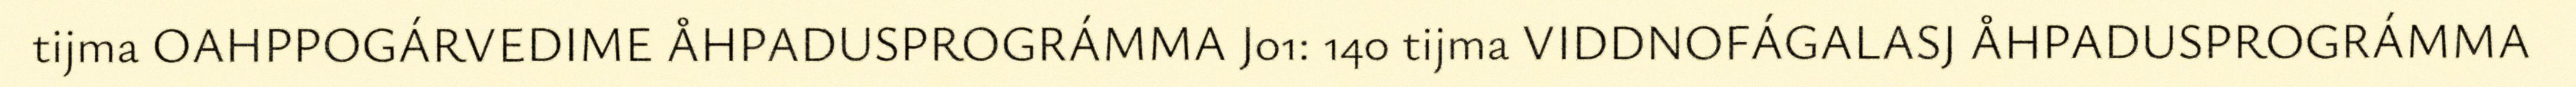
tijma OAHPPOGÁRVEDIME ÅHPADUSPROGRÁMMA Jo1: 140 tijma VIDDNOFÁGALASJ ÅHPADUSPROGRÁMMA